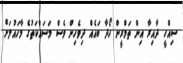
ސިއްހީ ދާއިރާ އިން ތަމްރީން ހޯދާ ބައެއް ދިވެހިން ވެސް މަސައްކަތުގެ މާހައުލަށް